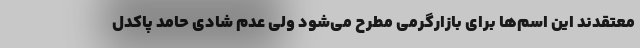
معتقدند این اسم‌ها برای بازارگرمی مطرح می‌شود ولی عدم شادی حامد پاکدل